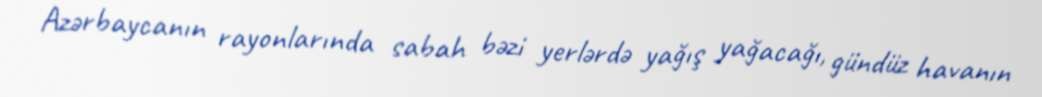
Azərbaycanın rayonlarında sabah bəzi yerlərdə yağış yağacağı, gündüz havanın